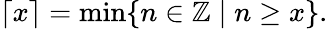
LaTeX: \lceil x\rceil=\operatorname*{min}\{ n\in\mathbb{Z}\mid n\geq x\} .